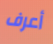
أعرف